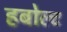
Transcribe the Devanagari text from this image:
हबोल्ट